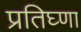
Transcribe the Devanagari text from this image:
प्रतिघ्णा